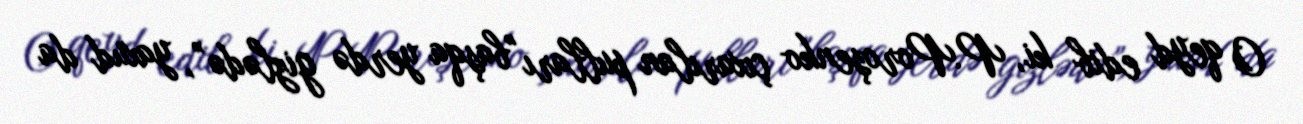
O qeyd edib ki, P.Poroşenko çıxarılan pulları "başqa yerdə gizlədə”, yaxud da